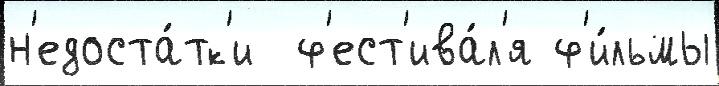
н'едоста́тк'и  ф'ест'ива́л'я ф'и́льмы